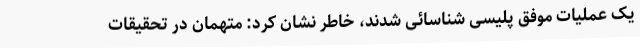
یک عملیات موفق پلیسی شناسائی شدند، خاطر نشان کرد: متهمان در تحقیقات